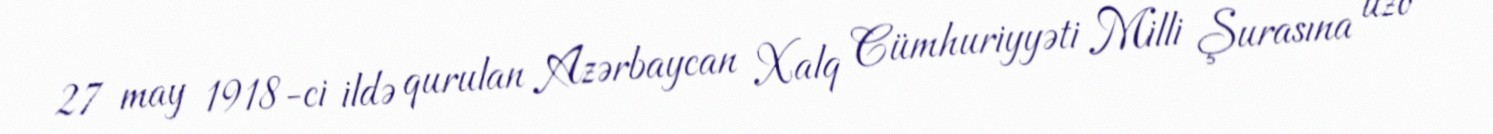
27 may 1918-ci ildə qurulan Azərbaycan Xalq Cümhuriyyəti Milli Şurasına üzv